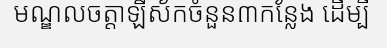
មណ្ឌលចត្តាឡីស័កចំនួន៣កន្លែង ដើម្បី